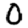
Digit: 0